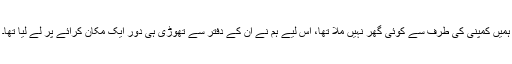
ہمیں کمپنی کی طرف سے کوئی گھر نہیں ملا تھا، اس لیے ہم نے ان کے دفتر سے تھوڑی ہی دور ایک مکان کرائے پر لے لیا تھا۔